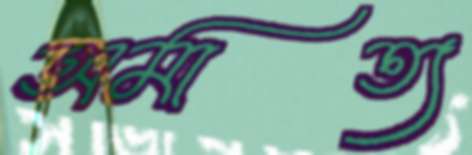
অমাত্য